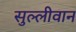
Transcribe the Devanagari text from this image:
सुल्लीवान